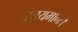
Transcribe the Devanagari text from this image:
स्तूयमानः।